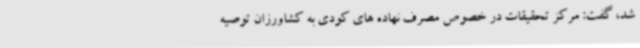
شد، گفت: مرکز تحقیقات در خصوص مصرف نهاده های کودی به کشاورزان توصیه